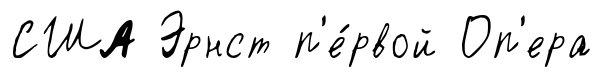
США Эрнст п'е́рвой Оп'ера